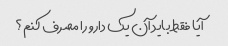
آیا فقط باید آن یک دارو را مصرف کنم؟